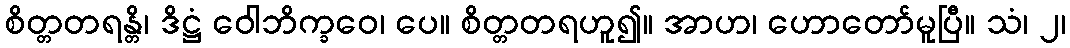
စိတ္တတရန္တိ၊ ဒိဋ္ဌံ ဝေါဘိက္ခဝေ၊ ပေ။ စိတ္တတရဟူ၍။ အာဟ၊ ဟောတော်မူပြီ။ သံ၊ ၂၊